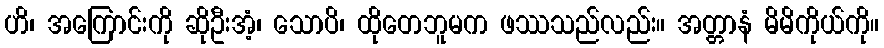
ဟိ၊ အကြောင်းကို ဆိုဦးအံ့၊ သောပိ၊ ထိုတေဘူမက ဖဿသည်လည်း။ အတ္တာနံ မိမိကိုယ်ကို။